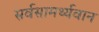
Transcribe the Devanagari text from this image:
सर्वसामर्थ्यवान